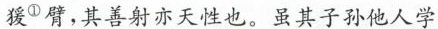
狻^{①}臂，其善射亦天性也。\underline{虽其子孙他人学}